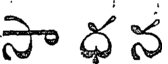
సా ధ న